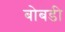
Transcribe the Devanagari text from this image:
बोबडी